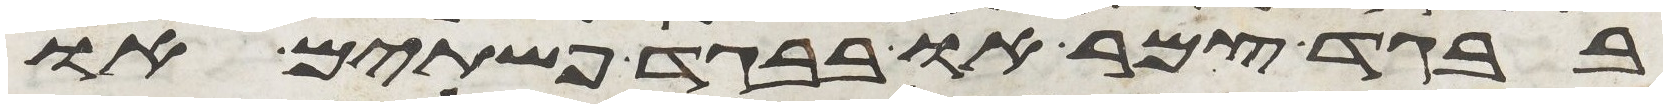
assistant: בבגד צמר או בבגד פשתים או